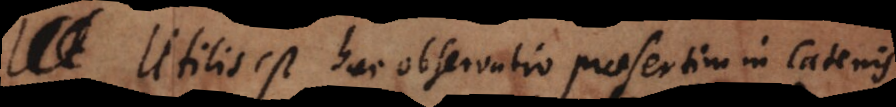
Utilis est haec observatio praesertim in catenis